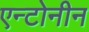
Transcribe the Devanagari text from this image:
एन्टोनीन